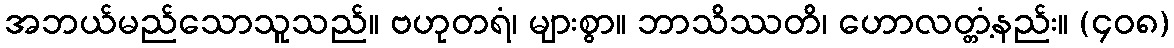
အဘယ်မည်သောသူသည်။ ဗဟုတရံ၊ များစွာ။ ဘာသိဿတိ၊ ဟောလတ္တံ့နည်း။ (၄၀၈)